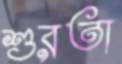
শুরতা